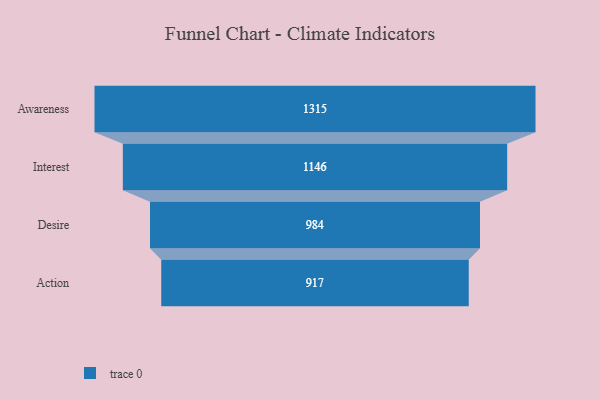
{"axis": {"x": "Stage", "y": "Value"}, "legend": [""], "data": [{"x": "Awareness", "y": 1315.0, "type": ""}, {"x": "Interest", "y": 1146.0, "type": ""}, {"x": "Desire", "y": 984.0, "type": ""}, {"x": "Action", "y": 917.0, "type": ""}]}